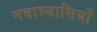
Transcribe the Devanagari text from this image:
नवाभ्यासियों